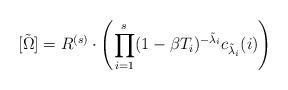
LaTeX: \begin{align*} [\tilde\Omega] =R^{(s)}\cdot \left( \prod_{i=1}^s (1-\beta T_i)^{-\tilde\lambda_i} c_{\tilde\lambda_i}(i) \right)\end{align*}